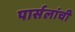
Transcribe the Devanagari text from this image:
पार्सलांची